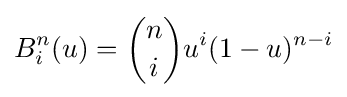
B_{i}^{n}(u)={n \choose i}u^{i}(1-u)^{n-i}